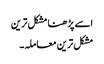
اسے پڑھنا مشکل ترین
مشکل ترین معاملہ۔